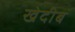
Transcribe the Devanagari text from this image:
खेदीब